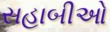
સહાબીઓ